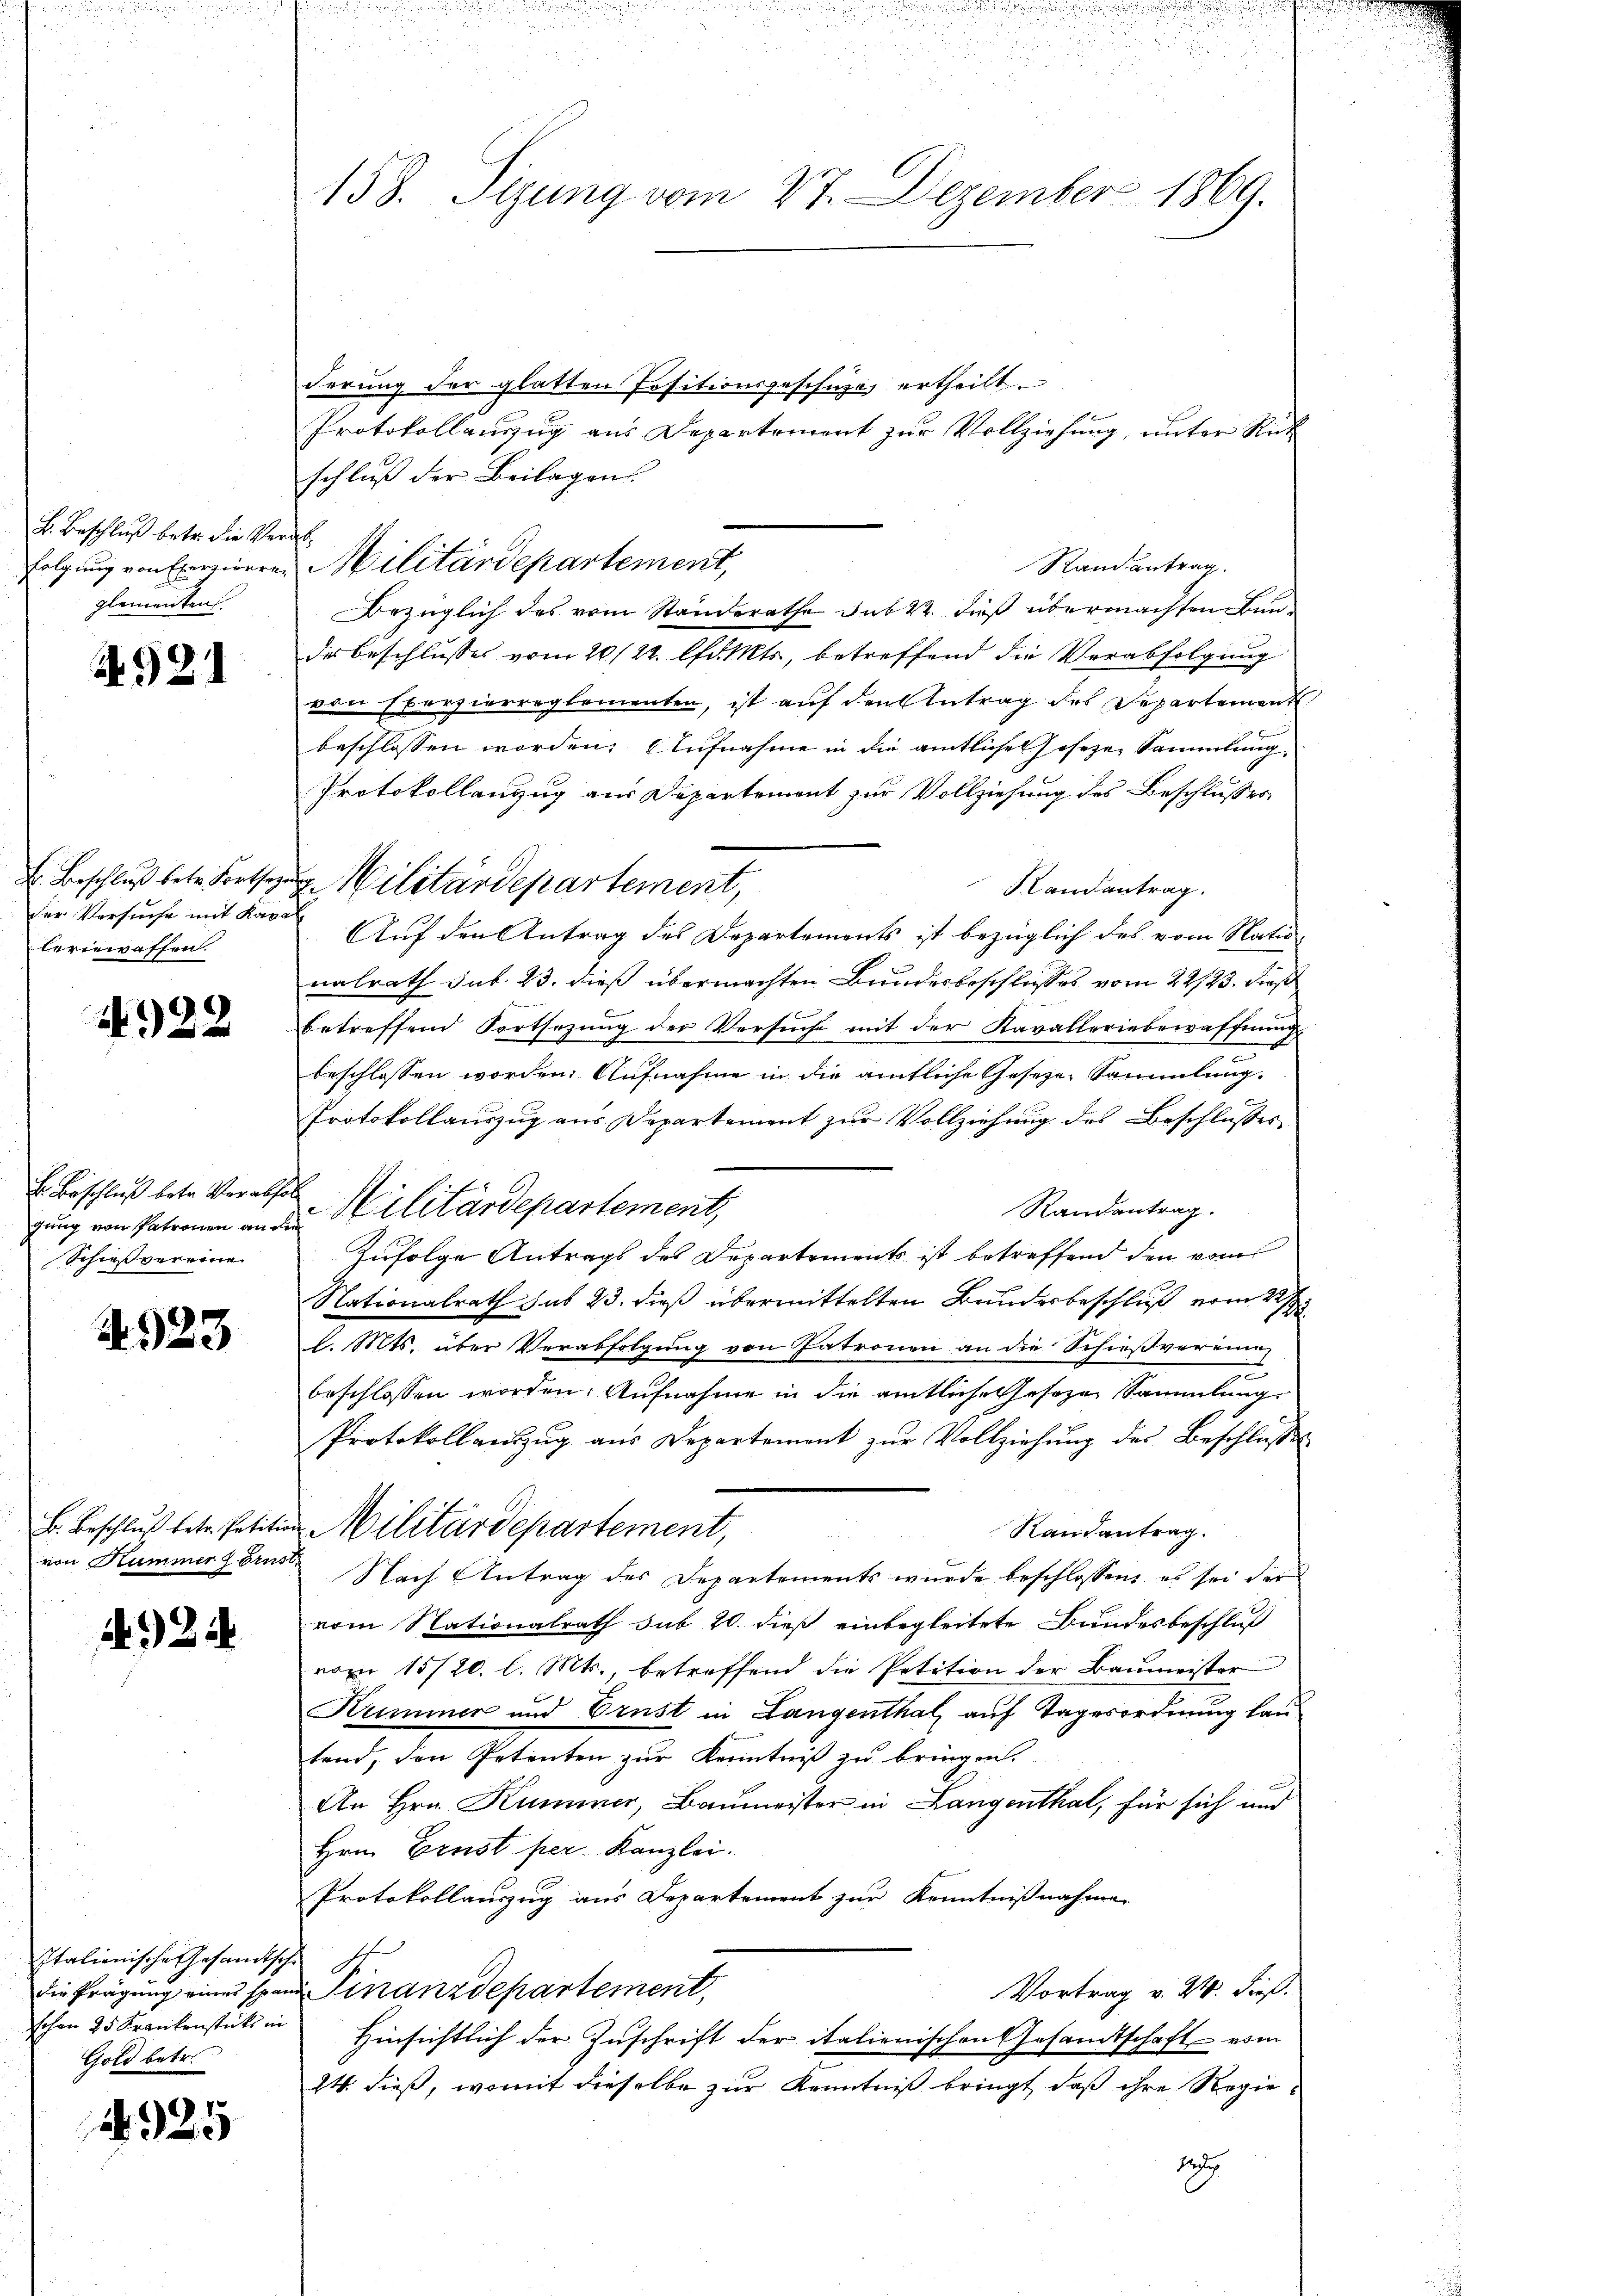
k. Beschluß betr. die Verfolgung von Exerzierren
glementen.

921

B. Beschluß betr. Fortheye
der Vorsuche mit Kapel
beverwaffen.

4922

Er Beschluß betr. Verabfo
gung von Patronen and
Schießvereine

Nr. 323

B. Beschluß betr. Petitio
von Kummer 7 Erns

A 24

Italienische Gesandtsche
die Prägung eines span
schon 25 Krankenstück in
Gold betr.

925

158. Sizung vom 27. Dezember 1869.

derung der glatten Positionsgeschuze ertheilt.
Protokollauszug aus Departement zur Vollziehung, unter Rick
schluß der Beilagen.
d
Militärdepartement,
Stand antrag.
Bezüglich des vom Standerathe sub 22. dieß übermachten Baudes Beschlusses vom 20/22. Markts, betreffend die Verabfolgung
von Exerzierreglementen, ist auf den Antrag des Departement
beschlossen worden. Aufnahme in die amtliches Gesezen Sammlung,
Protokollenzug aus Departement zur Vollziehung des Beschlusser
Slandantrag.
Auf den Antrag des Departements ist bezüglich des vom Natio
nalrath sub. 23. dieß übermachten Bundesbeschlusses vom 22/23. dieß
betreffend Fortsezung der Versuche mit der Kavalleriebewaffnung
beschlossen worden. Aufnahme in die amtliche Gesetze Sammlung.
Protokollauszug aus Departement zur Vollziehung des Beschlusses
h
Randantrag.
 Militärdepartement,
Zufolge Antrags des Departements ist betreffend den vom
Nationalrath hat 23. dieß übermittelten Bundesbeschluß vom 22s
l. Mts. über Verabfolgung von Patronen an die Schießvereine
x
beschlossen worden. Aufnahme in die amtliche Gesezen Sammlungs
Protokollauszug aus Departement zur Vollziehung des Beschlusse
u Militärdepartement,
Randantrag.
 Nach Antrag des Departements wurde beschlossen, es sei der
vom Nationalrath sub 20. dieß einbegleitete Bundesbeschluß
vom 15720. l. Mts., betreffend die Petition der Baŭmeister
Kummer und Ernst in Langenthal auf Tagesordnung lautend, den Petenten zur Kenntniß zu bringen.
An Hrn. Kummer, Baumeister in Langenthal, für sich und
Hrn. Ernst per Kanzlei.
Protokollauszug aus Departement zur Kenntnißnahmen
t
u Finanzdepartement,
Vortrag v. 24. dieß¬
Hinsichtlich der Zuschrift der italienischen Gesandtschaft vom
24. dieß, womit dieselbe zur Kenntniß bringt, daß ihre Regieg

g. Militärdepartement,